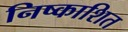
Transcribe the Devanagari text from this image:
निष्काशित